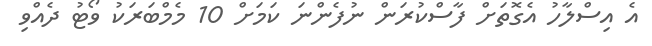
އެ އިސްލާހު އެގޮތަށް ފާސްކުރަން ނުފެންނަ ކަމަށް 10 މެމްބަރަކު ވޯޓު ދެއްވި